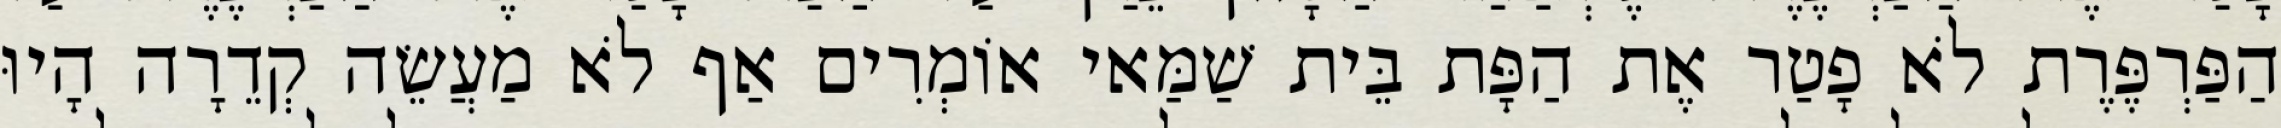
הַפַּרְפֶּרֶת לֹא פָטַר אֶת הַפָּת בֵּית שַׁמַּאי אוֹמְרִים אַף לֹא מַעֲשֵׂה קְדֵרָה הָיוּ